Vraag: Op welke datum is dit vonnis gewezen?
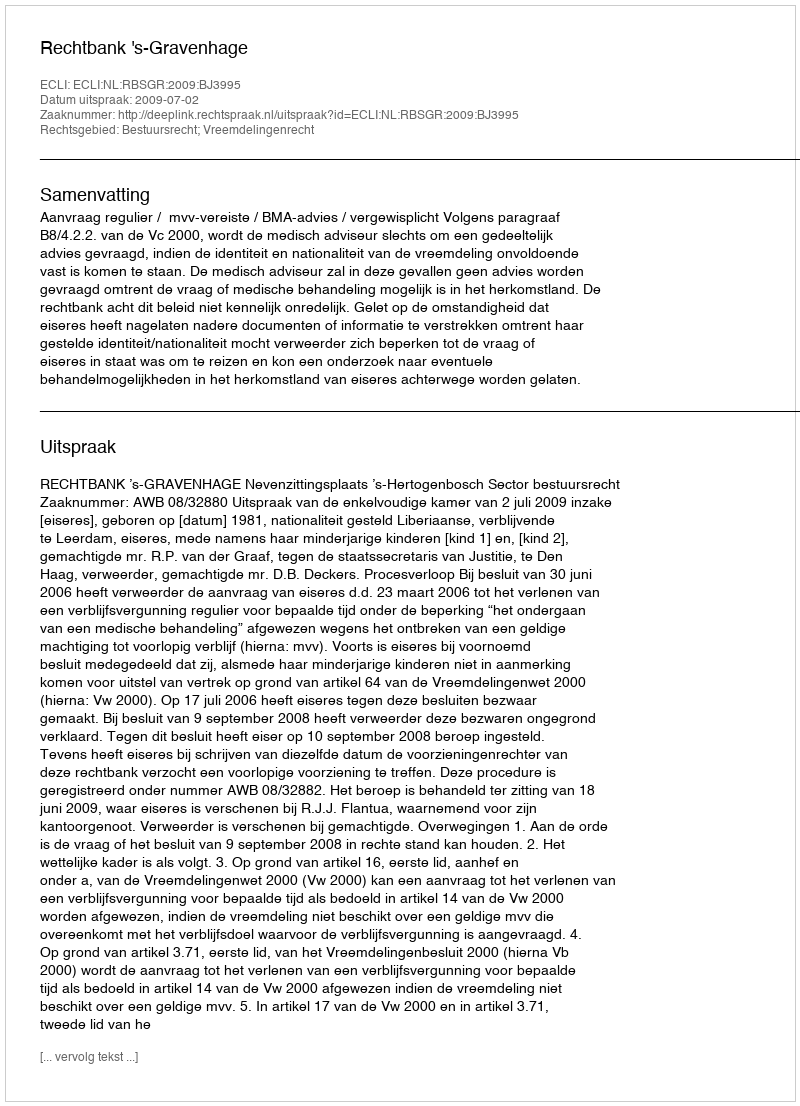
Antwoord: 2009-07-02